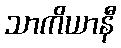
သာကိယာနီ